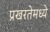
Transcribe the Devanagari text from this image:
प्रखरतेमध्ये